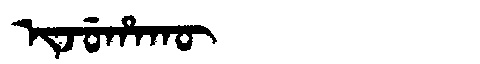
Manchu: ᡳᠵᡠᡥᠠᡴᡡ
Romanization: IJUHAKŪ